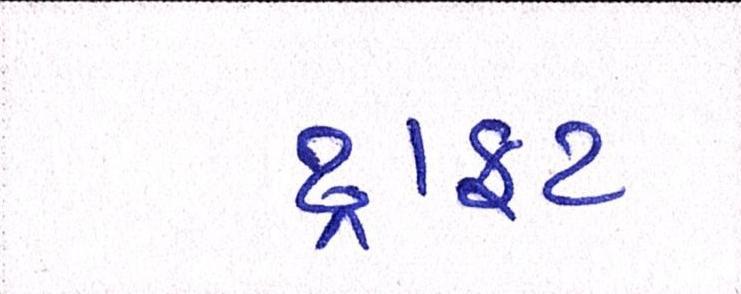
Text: ડ્રાફ્ટ